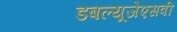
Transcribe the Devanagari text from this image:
डबल्यूजेएसवी